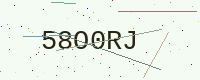
Text: 58O0RJ